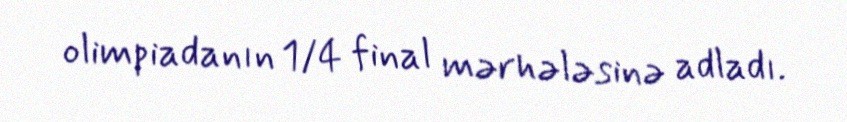
olimpiadanın 1/4 final mərhələsinə adladı.